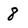
Character: 8